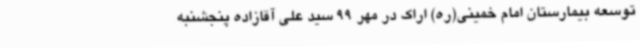
توسعه بیمارستان امام خمینی(ره) اراک در مهر 99 سید علی آقازاده پنجشنبه